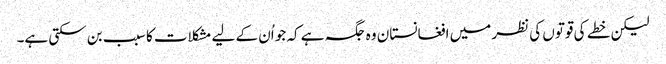
لیکن خطے کی قوتوں کی نظر میں افغانستان وہ جگہ ہے کہ جو اُن کے لیے مشکلات کا سبب بن سکتی ہے۔